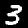
Label: 3